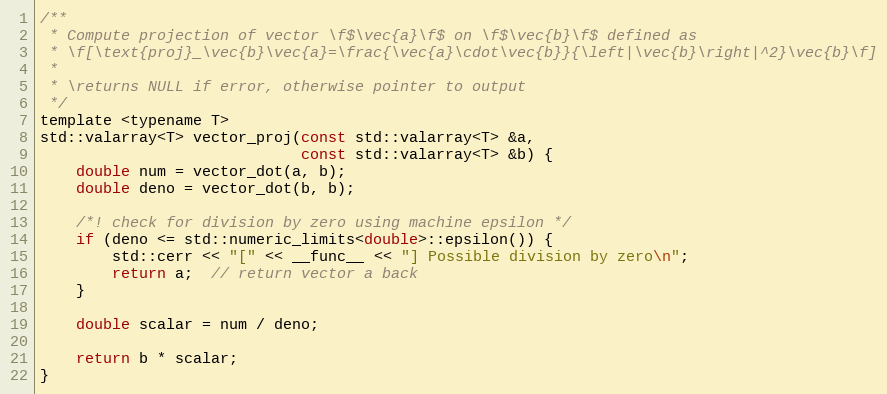
Language: C
/**
 * Compute projection of vector \f$\vec{a}\f$ on \f$\vec{b}\f$ defined as
 * \f[\text{proj}_\vec{b}\vec{a}=\frac{\vec{a}\cdot\vec{b}}{\left|\vec{b}\right|^2}\vec{b}\f]
 *
 * \returns NULL if error, otherwise pointer to output
 */
template <typename T>
std::valarray<T> vector_proj(const std::valarray<T> &a,
                             const std::valarray<T> &b) {
    double num = vector_dot(a, b);
    double deno = vector_dot(b, b);

    /*! check for division by zero using machine epsilon */
    if (deno <= std::numeric_limits<double>::epsilon()) {
        std::cerr << "[" << __func__ << "] Possible division by zero\n";
        return a;  // return vector a back
    }

    double scalar = num / deno;

    return b * scalar;
}